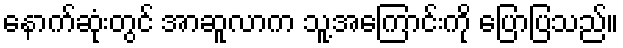
နောက်ဆုံးတွင် အာဆူလာက သူ့အကြောင်းကို ပြောပြသည်။